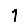
Digit: 1